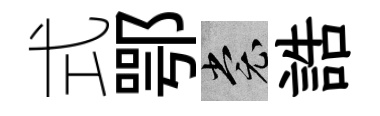
式鄂裳誥